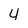
Character: 4